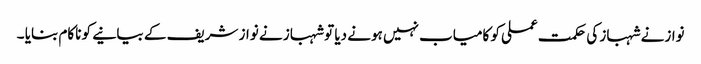
نوازنے شہباز کی حکمت عملی کو کامیاب نہیں ہونے دیا تو شہباز نے نواز شریف کے بیانیے کو ناکام بنایا ۔